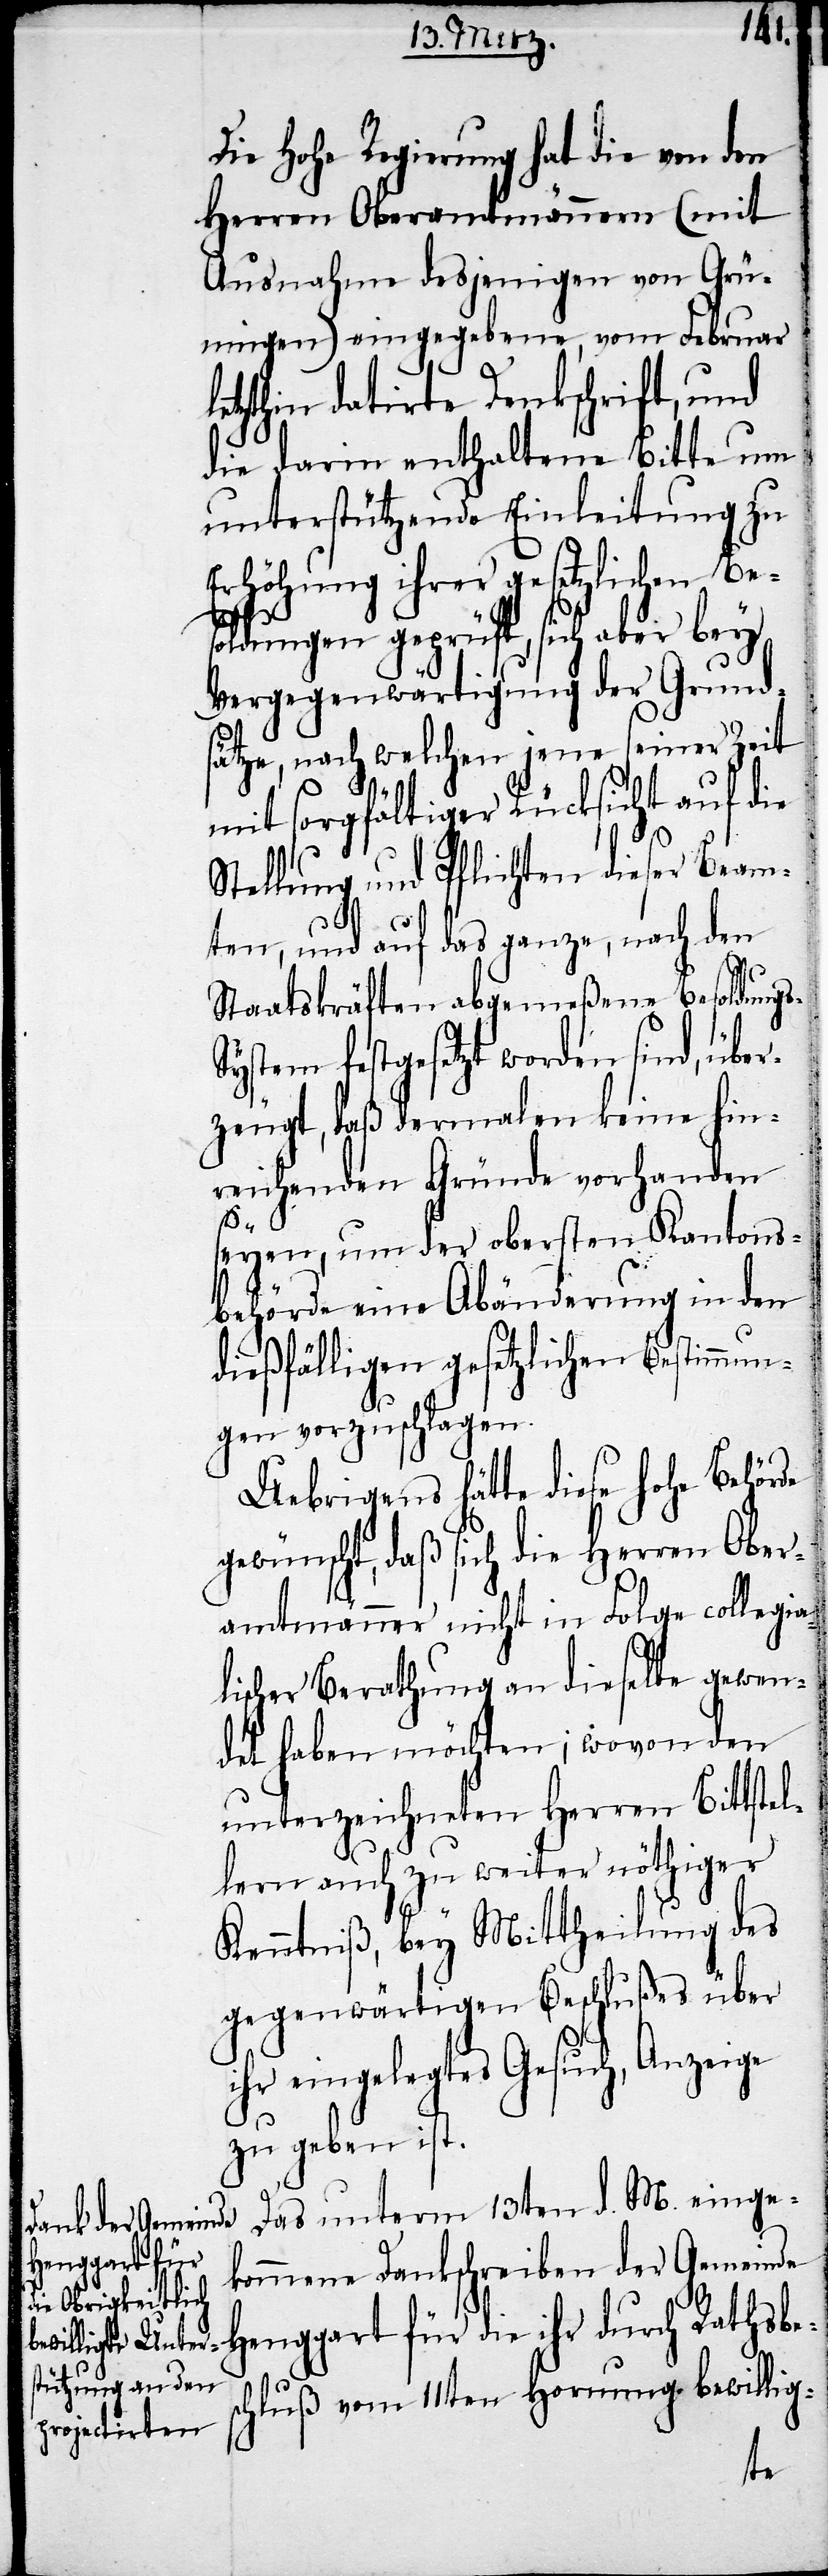
Die Hohe Regierung hat die von den
Herren Oberamtmännern (mit
Ausnahme desjenigen von Grü¬
ningen) eingegebene, vom Februar
letzthin datirte Denkschrift, und
die darin enthaltene Bitte um
unterstützende Einleitung zu
Erhöhung ihrer gesetzlichen Be¬
soldungen geprüft, sich aber bey
Vergegenwärtigung der Grund¬
sätze, nach welchen jene seiner Zeit
mit sorgfältiger Rücksicht auf die
Stellung und Pflichten dieser Beam¬
ten, und auf das ganze, nach den
Staatskräften abgemeßene Besoldung¬
ystem festgesetzt worden sind, über¬
zeugt, daß dermalen keine hin¬
reichenden Gründe vorhanden
s-S¬
seyen, um der obersten Kantons¬
behörde eine Abänderung in den
dießfälligen gesetzlichen Bestimmun¬
gen vorzuschlagen.
Uebrigens hätte diese hohe Behörde
gewünscht, daß sich die Herren Ober¬
amtmänner nicht in Folge collegia¬
lischer Berathung an dieselbe gewen¬
det haben möchten; wovon den
unterzeichneten Herren Bittstel¬
lern auch zu weiter nöthiger
Kenntniß, bey Mittheilung des
gegenwärtigen Beschlußes über
ihr eingelegtes Gesuch, Anzeige
zu geben ist.
Das unterm 13ten d. M. einge¬
kommene Dankschreiben der Gemeinde
Henggart für die ihr durch Rathsbe¬
schluß vom 11ten Hornung bewillig-